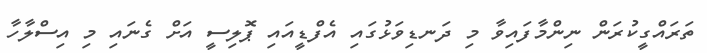
ތަރައްގީކުރަން ނިންމާފައިވާ މި ދަނޑިވަޅުގައި އެފްޑީއައި ޕޮލިސީ އަށް ގެނައި މި އިސްލާހާ